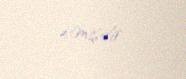
etmişdir.